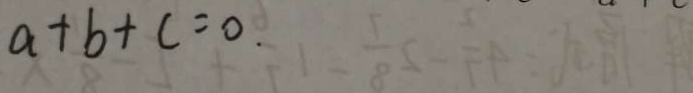
a + b + c = 0 .